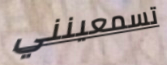
تسمعينني